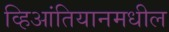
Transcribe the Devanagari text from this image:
व्हिआंतियानमधील